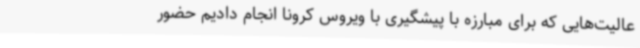
عالیت‌هایی که برای مبارزه با پیشگیری با ویروس کرونا انجام دادیم حضور